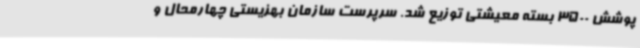
پوشش 3500 بسته معیشتی توزیع شد. سرپرست سازمان بهزیستی چهارمحال و